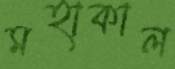
মহাকাল